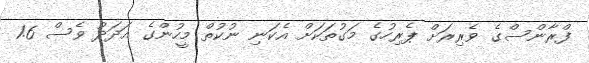
ފްރާންސްގެ ވެރިރަށް ޕެރިހުގެ މަގުތަކަށް އެކަނި ނުކުތް މީހުންގެ އަދަދު ވެސް 1.6